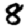
Digit: 8